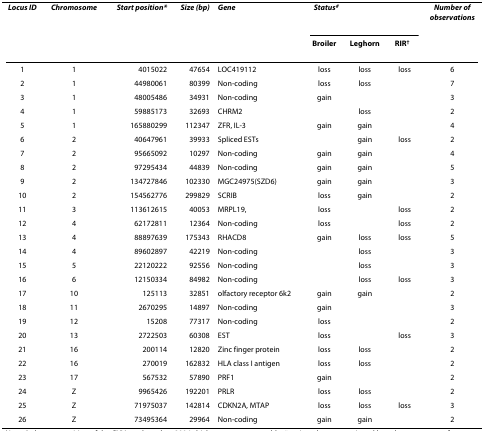
<table><thead><tr><td><b><i>Locus ID</i></b></td><td><b><i>Chromosome</i></b></td><td><b><i>Start position*</i></b></td><td><b><i>Size (bp)</i></b></td><td><b><i>Gene</i></b></td><td colspan="3"><b><i>Status<sup>#</sup></i></b></td><td><b><i>Number of observations</i></b></td></tr><tr><td></td><td></td><td></td><td></td><td></td><td><b>Broiler</b></td><td><b>Leghorn</b></td><td><b>RIR<sup>†</sup></b></td><td></td></tr></thead><tbody><tr><td>1</td><td>1</td><td>4015022</td><td>47654</td><td>LOC419112</td><td>loss</td><td>loss</td><td>loss</td><td>6</td></tr><tr><td>2</td><td>1</td><td>44980061</td><td>80399</td><td>Non-coding</td><td>loss</td><td>loss</td><td></td><td>7</td></tr><tr><td>3</td><td>1</td><td>48005486</td><td>34931</td><td>Non-coding</td><td>gain</td><td></td><td></td><td>3</td></tr><tr><td>4</td><td>1</td><td>59885173</td><td>32693</td><td>CHRM2</td><td></td><td>loss</td><td></td><td>2</td></tr><tr><td>5</td><td>1</td><td>165880299</td><td>112347</td><td>ZFR, IL-3</td><td>gain</td><td>gain</td><td></td><td>4</td></tr><tr><td>6</td><td>2</td><td>40647961</td><td>39933</td><td>Spliced ESTs</td><td></td><td>gain</td><td>loss</td><td>2</td></tr><tr><td>7</td><td>2</td><td>95665092</td><td>10297</td><td>Non-coding</td><td>gain</td><td>gain</td><td></td><td>4</td></tr><tr><td>8</td><td>2</td><td>97295434</td><td>44839</td><td>Non-coding</td><td>gain</td><td>gain</td><td></td><td>5</td></tr><tr><td>9</td><td>2</td><td>134727846</td><td>102330</td><td>MGC24975(SZD6)</td><td>gain</td><td>gain</td><td></td><td>3</td></tr><tr><td>10</td><td>2</td><td>154562776</td><td>299829</td><td>SCRIB</td><td>loss</td><td>gain</td><td></td><td>2</td></tr><tr><td>11</td><td>3</td><td>113612615</td><td>40053</td><td>MRPL19,</td><td>loss</td><td></td><td>loss</td><td>2</td></tr><tr><td>12</td><td>4</td><td>62172811</td><td>12364</td><td>Non-coding</td><td>loss</td><td></td><td>loss</td><td>2</td></tr><tr><td>13</td><td>4</td><td>88897639</td><td>175343</td><td>RHACD8</td><td>gain</td><td>loss</td><td>loss</td><td>5</td></tr><tr><td>14</td><td>4</td><td>89602897</td><td>42219</td><td>Non-coding</td><td></td><td>loss</td><td></td><td>3</td></tr><tr><td>15</td><td>5</td><td>22120222</td><td>92556</td><td>Non-coding</td><td></td><td>loss</td><td></td><td>3</td></tr><tr><td>16</td><td>6</td><td>12150334</td><td>84982</td><td>Non-coding</td><td></td><td>loss</td><td>loss</td><td>3</td></tr><tr><td>17</td><td>10</td><td>125113</td><td>32851</td><td>olfactory receptor 6k2</td><td>gain</td><td>gain</td><td></td><td>2</td></tr><tr><td>18</td><td>11</td><td>2670295</td><td>14897</td><td>Non-coding</td><td>gain</td><td></td><td></td><td>3</td></tr><tr><td>19</td><td>12</td><td>15208</td><td>77317</td><td>Non-coding</td><td>loss</td><td></td><td></td><td>2</td></tr><tr><td>20</td><td>13</td><td>2722503</td><td>60308</td><td>EST</td><td>loss</td><td></td><td>loss</td><td>3</td></tr><tr><td>21</td><td>16</td><td>200114</td><td>12820</td><td>Zinc finger protein</td><td>loss</td><td>loss</td><td></td><td>2</td></tr><tr><td>22</td><td>16</td><td>270019</td><td>162832</td><td>HLA class I antigen</td><td>loss</td><td>loss</td><td></td><td>2</td></tr><tr><td>23</td><td>17</td><td>567532</td><td>57890</td><td>PRF1</td><td>gain</td><td></td><td></td><td>2</td></tr><tr><td>24</td><td>Z</td><td>9965426</td><td>192201</td><td>PRLR</td><td>loss</td><td>loss</td><td></td><td>2</td></tr><tr><td>25</td><td>Z</td><td>71975037</td><td>142814</td><td>CDKN2A, MTAP</td><td>loss</td><td>loss</td><td>loss</td><td>3</td></tr><tr><td>26</td><td>Z</td><td>73495364</td><td>29964</td><td>Non-coding</td><td>gain</td><td>gain</td><td></td><td>2</td></tr></tbody></table>